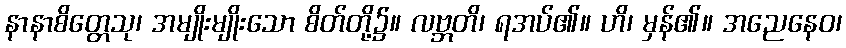
နာနာစိတ္တေသု၊ အမျိုးမျိုးသော စိတ်တို့၌။ လဗ္ဘတိ၊ ရအပ်၏။ ဟိ၊ မှန်၏။ အညေနေဝ၊